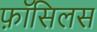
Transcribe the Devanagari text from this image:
फ़ॉसिलस